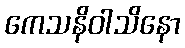
ကေသနိဝါသိနော